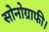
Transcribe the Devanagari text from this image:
सोनोग्राफी।